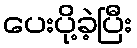
ပေးပို့ခဲ့ပြီး